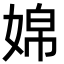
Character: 婂